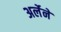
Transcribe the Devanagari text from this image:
अर्लेने